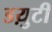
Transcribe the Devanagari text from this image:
डय़ुटी